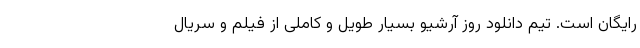
رایگان است. تیم دانلود روز آرشیو بسیار طویل و کاملی از فیلم و سریال